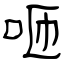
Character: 咂